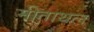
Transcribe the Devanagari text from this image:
मीताथल